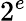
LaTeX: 2^{e}